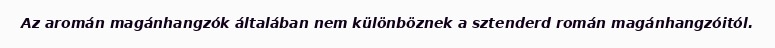
Az aromán magánhangzók általában nem különböznek a sztenderd román magánhangzóitól.